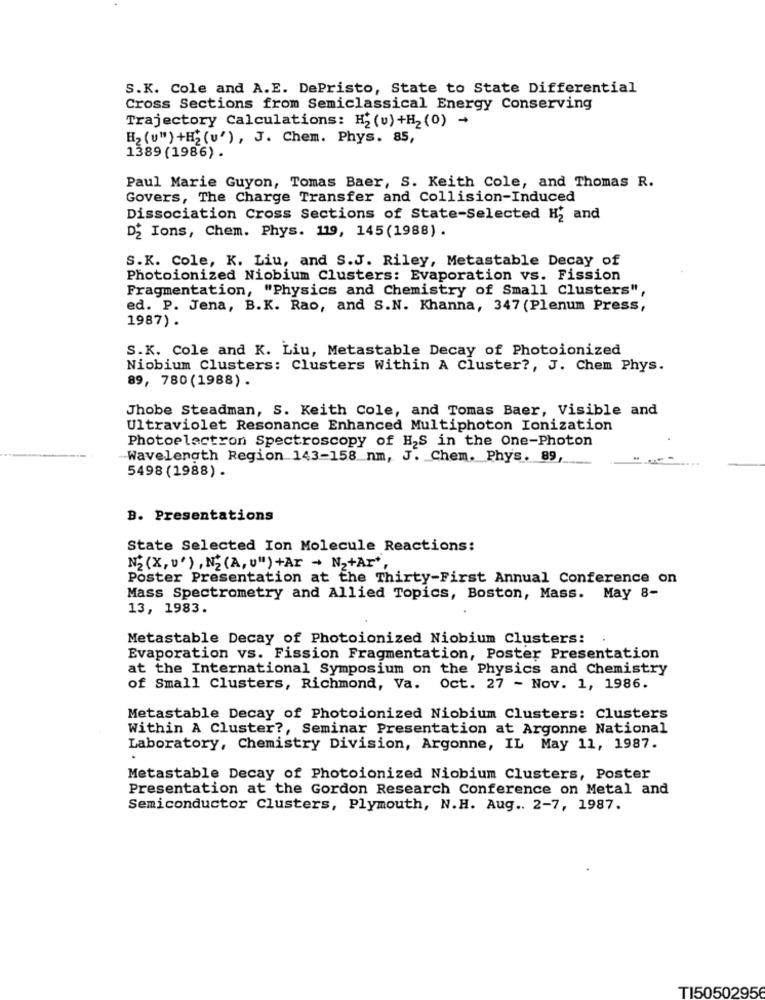
S.K. Cole and A.E. DePristo, State to State Differential
Cross Sections from Semiclassical Energy Conserving
Trajectory Calculations: H2 (v) +H2 (0) -
H2 (u" ) +H2 (u') , J. Chem. Phys. 85,
1389 (1986).
Paul Marie Guyon, Tomas Baer, S. Keith Cole, and Thomas R.
Govers, The Charge Transfer and Collision-Induced
Dissociation Cross Sections of State-Selected H2 and
DE Ions, Chem. Phys. 119, 145(1988) .
S.K. Cole, K. Liu, and S.J. Riley, Metastable Decay of
Photoionized Niobium Clusters: Evaporation vs. Fission
Fragmentation, "Physics and Chemistry of Small Clusters",
ed. P. Jena, B.K. Rao, and S.N. Khanna, 347 (Plenum Press,
1987).
S.K. Cole and K. Liu, Metastable Decay of Photoionized
Niobium Clusters: Clusters Within A Cluster ?, J. Chem Phys.
89, 780(1988) .
Jhobe Steadman, S. Keith Cole, and Tomas Baer, Visible and
Ultraviolet Resonance Enhanced Multiphoton Ionization
Photoelectron Spectroscopy of H2S in the One-Photon
-Wavelength Region 143-158 nm, J. Chem. Phys. 89,
5498 (1988) .
B. Presentations
State Selected Ion Molecule Reactions:
N2 (X, y' ) , NE (A, U") +Ar - N2+Ar',
Poster Presentation at the Thirty-First Annual Conference on
Mass Spectrometry and Allied Topics, Boston, Mass. May 8-
13, 1983.
Metastable Decay of Photoionized Niobium Clusters:
Evaporation vs. Fission Fragmentation, Poster Presentation
at the International Symposium on the Physics and Chemistry
of Small Clusters, Richmond, Va. Oct. 27 - Nov. 1, 1986.
Metastable Decay of Photoionized Niobium Clusters: Clusters
Within A Cluster ?, Seminar Presentation at Argonne National
Laboratory, Chemistry Division, Argonne, IL May 11, 1987.
.
Metastable Decay of Photoionized Niobium Clusters, Poster
Presentation at the Gordon Research Conference on Metal and
Semiconductor Clusters, Plymouth, N.H. Aug .. 2-7, 1987.
TI50502956